Source: Handwritten
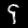
Digit: ၄ (4)